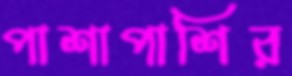
পাশাপাশির